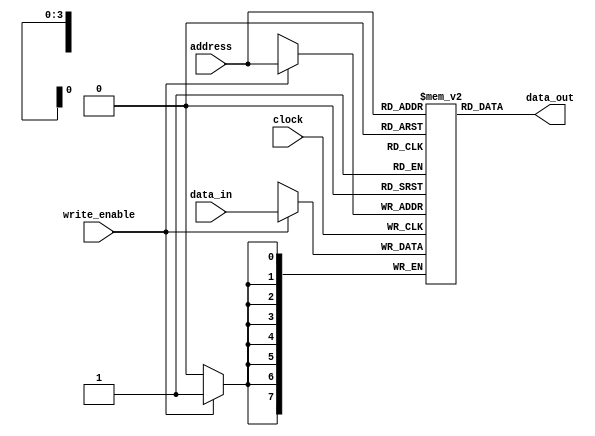
// This program was cloned from: https://github.com/FPGADude/Digital-Design
// License: GNU General Public License v3.0


module ram_p #(parameter ADDR_WIDTH = 4,
						 DATA_WIDTH = 8)
(
	input 					clock,
	input   				write_enable,
	input  [ADDR_WIDTH-1:0] address,
	input  [DATA_WIDTH-1:0] data_in,
	output [DATA_WIDTH-1:0] data_out
);

	reg [DATA_WIDTH-1:0] ram [2**ADDR_WIDTH-1:0];
	
	always @(posedge clock)
		if(write_enable)
			ram[address] <= data_in;
			
	assign data_out = ram[address];
	
endmodule